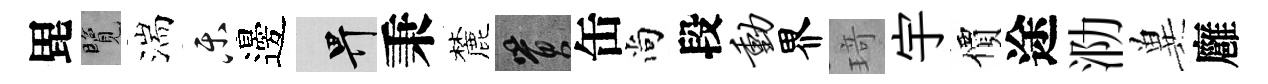
毘覽湍乐邊畀秉麓篔缶尚段动界𤦺宇價途泐兾廱